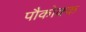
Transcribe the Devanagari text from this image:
पौकोक्क